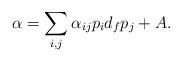
LaTeX: \begin{align*}\alpha = \sum_{i,j} \alpha_{ij} p_{i} d_{f} p_{j} + A. \end{align*}